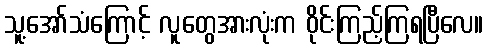
သူ့အော်သံကြောင့် လူတွေအားလုံးက ဝိုင်းကြည့်ကြရပြီလေ။